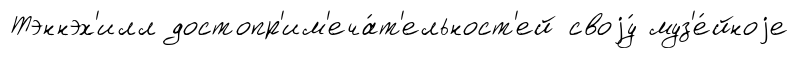
Тэннэх'илл достопр'им'еча́т'ельност'ей своjу́ муз'е́йноjе